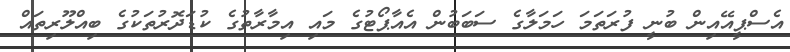
އެސްޕީއޭއިން ބުނީ ފުރަތަމަ ހަމަލާގެ ސަބަބުން އެއާޕޯޓުގެ މައި އިމާރާތުގެ ކުޑަދޮރުތަކުގެ ބިއްލޫރިތައް